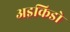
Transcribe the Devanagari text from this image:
अइकिडो